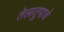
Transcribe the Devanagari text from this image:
तेलातुपाचे